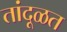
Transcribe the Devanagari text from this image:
तांदूळत